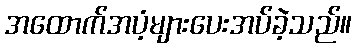
အထောက်အပံ့များပေးအပ်ခဲ့သည်။